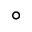
^ \circ